Scottish Leaving Certificate Examination, 1951
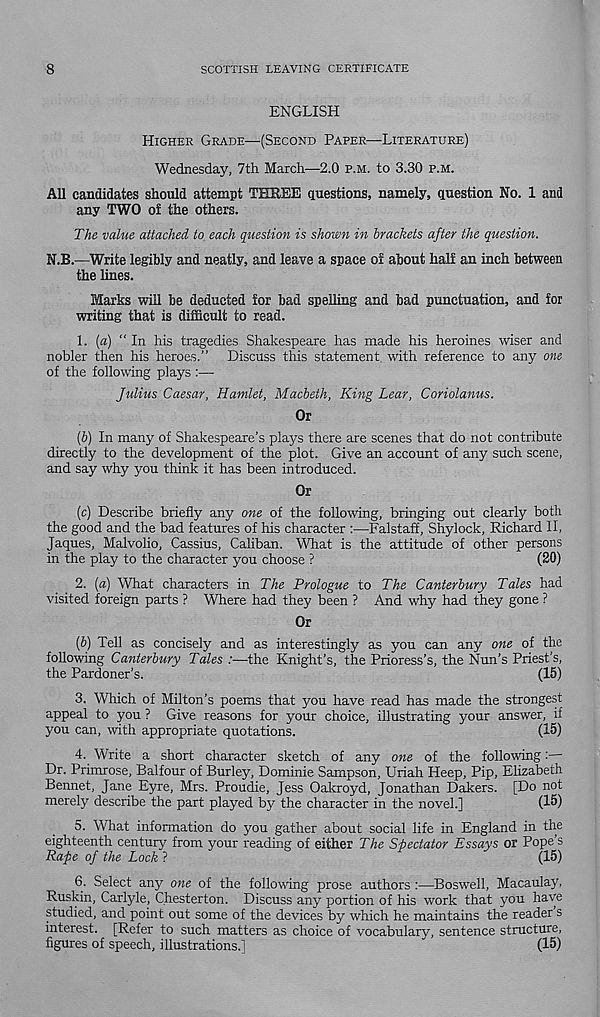
8
SCOTTISH LEAVING CERTIFICATE
ENGLISH
HIGHER GRADE—(SECOND PAPER—LITERATURE)
Wednesday, 7th March—2.0 P.M. to 3.30 P.M.
All candidates should attempt THREE questions, namely, question No. 1 and
any TWO of the others.
The value attached to each question is shown in brackets after the question.
N.B.—Write legibly and neatly, and leave a space of about half an inch between
the lines.
Marks will be deducted for bad spelling and bad punctuation, and for
writing that is difficult to read.
1. (a) "In his tragedies Shakespeare has made his heroines wiser and
nobler then his heroes.” Discuss this statement, with reference to any one
of the following plays :—
Julius Caesar, Hamlet, Macbeth, King Lear, Coriolanus.
Or
(b) In many of Shakespeare’s plays there are scenes that do not contribute
directly to the development of the plot. Give an account of any such scene,
and say why you think it has been introduced.
Or
(c) Describe briefly any one of the following, bringing out clearly both
the good and the bad features of his character :—Falstaff, Shylock, Richard II,
Jaques, Malvolio, Cassius, Caliban. What is the attitude of other persons
in the play to the character you choose ?
(20)
2. (a) What characters in The Prologue to The Canterbury Tales had
visited foreign parts ? Where had they been ? And why had they gone ?
Or
(6) Tell as concisely and as interestingly as you can any one of the
following Canterbury Tales :—the Knight’s, the Prioress’s, the Nun’s Priest’s,
the Pardoner’s.
(15)
3. Which of Milton’s poems that you have read has made the strongest
appeal to you ? Give reasons for your choice, illustrating your answer, if
you can, with appropriate quotations.
(15)
4. Write a short character sketch of any one of the following:—
Dr. Primrose, Balfour of Burley, Dominie Sampson, Uriah Keep, Pip, Elizabeth
Bennet, Jane Eyre, Mrs. Proudie, Jess Oakroyd, Jonathan Dakers. [Do not
merely describe the part played by the character in the novel.]
(15)
5. What information do you gather about social life in England in the
eighteenth century from your reading of either The Spectator Essays or Pope’s
Rape of the Lock ?
(15)
6. Select any one of the following prose authors :—Boswell, Macaulay,
Ruskin, Carlyle, Chesterton. Discuss any portion of his work that you have
studied, and point out some of the devices by which he maintains the reader s
interest. [Refer to such matters as choice of vocabulary, sentence structure,
figures of speech, illustrations.]
*
(15)